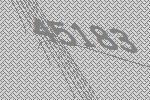
45183